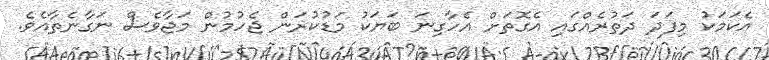
އެކަމަކު މިފަދަ ދަތުރެއްގައި އެގޮތަށް އެހާގިނަ ބަޔަކު މަޑުކުރަން ޖެހުމުން މަޖާވެސް ނަގާނެތާއެވެ.